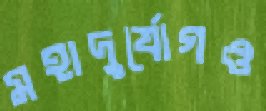
মহাদুর্যোগও